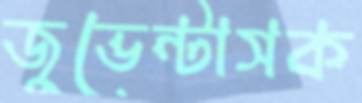
জুভেন্টাসক